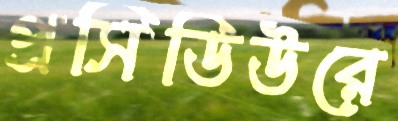
প্রসিডিউরে